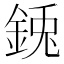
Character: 𮡺